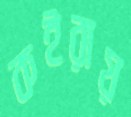
কইরায়